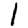
Digit: 1